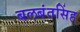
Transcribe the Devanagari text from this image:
बलबंतसिंह